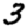
Digit: 3